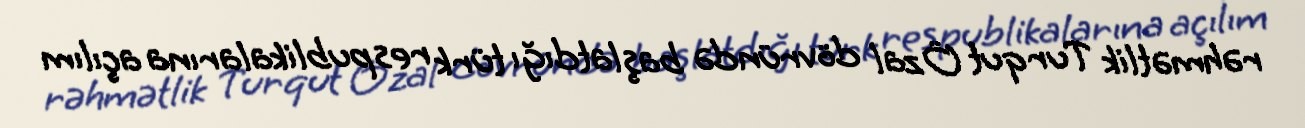
rəhmətlik Turqut Özal dövründə başlatdığı türk respublikalarına açılım